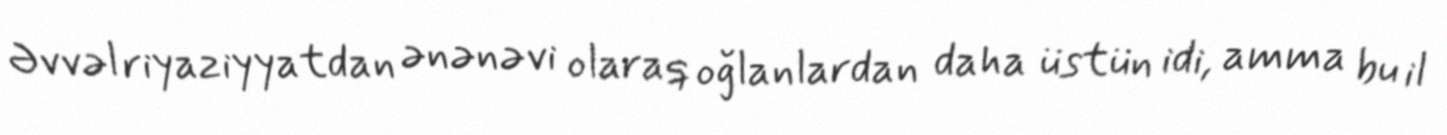
Əvvəl riyaziyyatdan ənənəvi olaraq oğlanlardan daha üstün idi, amma bu il